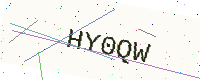
Text: HY0QW